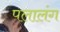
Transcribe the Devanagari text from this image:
पलालंग